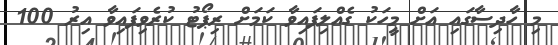
މި ހާދިސާގައި އަށް މީހަކު ގެއްލިފައިވާ ކަމަށް ރިޕޯޓު ކުރެވިފައިވާ އިރު 100